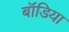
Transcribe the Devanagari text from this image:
बॉडिया